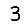
Digit: 3